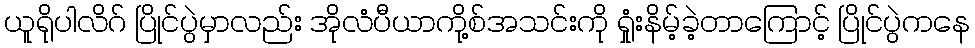
ယူရိုပါလိဂ် ပြိုင်ပွဲမှာလည်း အိုလံပီယာကို့စ်အသင်းကို ရှုံးနိမ့်ခဲ့တာကြောင့် ပြိုင်ပွဲကနေ